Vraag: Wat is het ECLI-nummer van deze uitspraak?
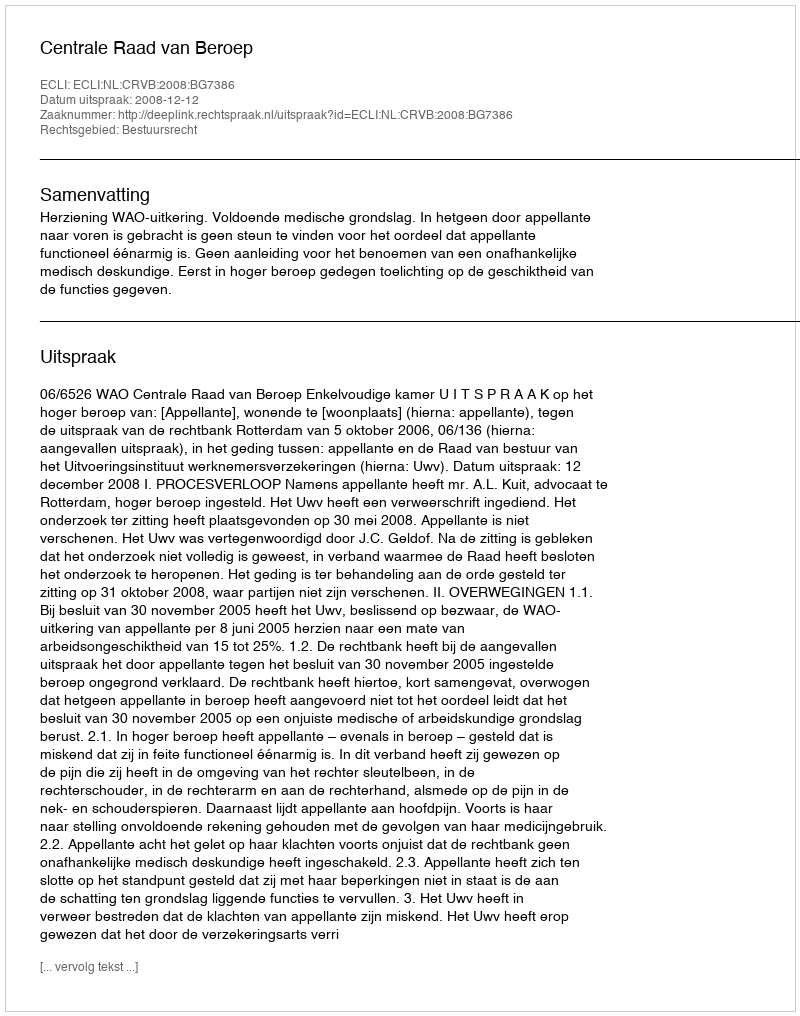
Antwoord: ECLI:NL:CRVB:2008:BG7386